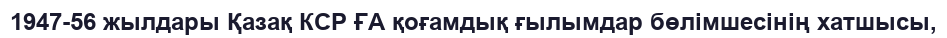
1947-56 жылдары Қазақ КСР ҒА қоғамдық ғылымдар бөлімшесінің хатшысы,